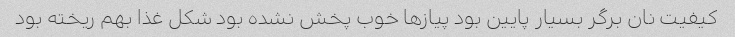
کیفیت نان برگر بسیار پایین بود پیاز‌ها خوب پخش نشده بود شکل غذا بهم ریخته بود